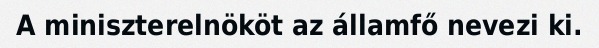
A miniszterelnököt az államfő nevezi ki.